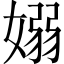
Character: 嫋